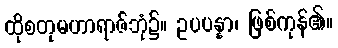
ထိုစတုမဟာရာဇ်ဘုံ၌။ ဥပပန္နာ၊ ဖြစ်ကုန်၏။